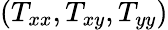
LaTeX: (T_{xx},T_{xy},T_{yy})